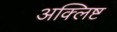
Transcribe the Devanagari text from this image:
अक्लिष्ट